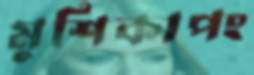
মুশিকাপং